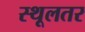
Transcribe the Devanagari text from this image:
स्थूलतर